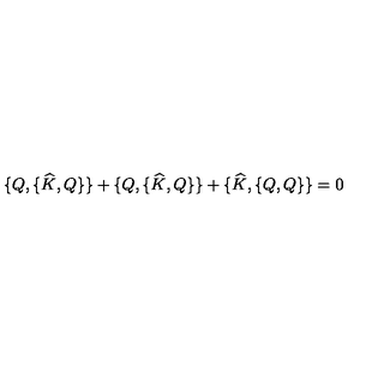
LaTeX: \{ Q , \{ \widehat { K } , Q \} \} + \{ Q , \{ \widehat { K } , Q \} \} + \{ \widehat { K } , \{ Q , Q \} \} = 0